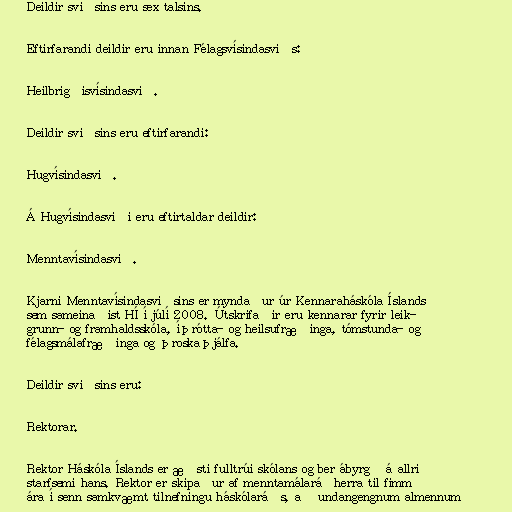
Deildir sviðsins eru sex talsins.

Eftirfarandi deildir eru innan Félagsvísindasviðs:

Heilbrigðisvísindasvið.

Deildir sviðsins eru eftirfarandi:

Hugvísindasvið.

Á Hugvísindasviði eru eftirtaldar deildir:

Menntavísindasvið.

Kjarni Menntavísindasviðsins er myndaður úr Kennaraháskóla Íslands
sem sameinaðist HÍ í júlí 2008. Útskrifaðir eru kennarar fyrir leik-
grunn- og framhaldsskóla, íþrótta- og heilsufræðinga, tómstunda- og
félagsmálafræðinga og þroskaþjálfa.

Deildir sviðsins eru:

Rektorar.

Rektor Háskóla Íslands er æðsti fulltrúi skólans og ber ábyrgð á allri
starfsemi hans. Rektor er skipaður af menntamálaráðherra til fimm
ára í senn samkvæmt tilnefningu háskólaráðs, að undangengnum almennum